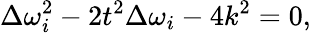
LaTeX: \Delta\omega_{i}^{2}-2t^{2}\Delta\omega_{i}-4k^{2}=0,